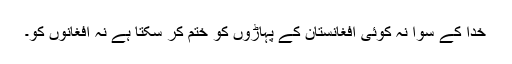
خدا کے سوا نہ کوئی افغانستان کے پہاڑوں کو ختم کر سکتا ہے نہ افغانوں کو۔